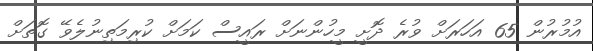
އުމުރުން 65 އަހަރަށް ވުރެ ދޮށީ މީހުންނަށް ރައީސް ކަމަށް ކުރިމަތިނުލެވޭ ގޮތަށް